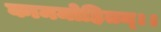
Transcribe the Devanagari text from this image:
काममोहितम्।।